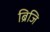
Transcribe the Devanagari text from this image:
ब्रिजि